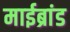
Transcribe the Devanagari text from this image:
माईब्रांड